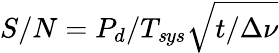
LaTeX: S/N=P_{d}/T_{\mathit sys}\sqrt{t/\Delta\nu}